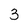
Character: 3